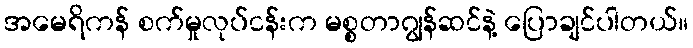
အမေရိကန် စက်မှုလုပ်ငန်းက မစ္စတာဂျွန်ဆင်နဲ့ ပြောချင်ပါတယ်။